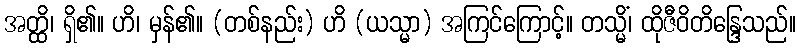
အတ္ထိ၊ ရှိ၏။ ဟိ၊ မှန်၏။ (တစ်နည်း) ဟိ (ယသ္မာ) အကြင်ကြောင့်။ တသ္မိံ၊ ထိုဇီဝိတိန္ဒြေသည်။